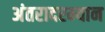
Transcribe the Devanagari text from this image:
अंतरादरम्यान